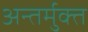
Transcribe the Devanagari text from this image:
अन्तर्मुक्त